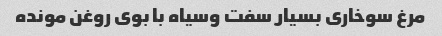
مرغ سوخاری بسیار سفت و‌سیاه با بوی روغن مونده